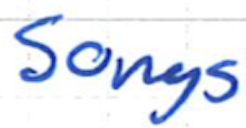
Text: Songs
Cross-out: clean
Writing tool: ballpoint